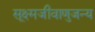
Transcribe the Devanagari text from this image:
सूक्ष्मजीवाणुजन्य